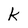
Character: k